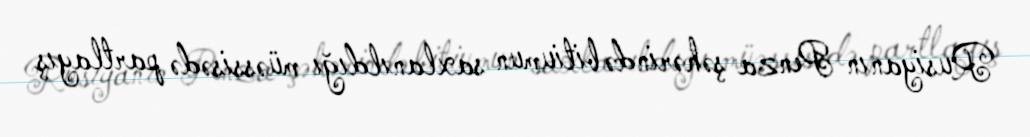
Rusiyanın Penza şəhərində bitiumun saxlanıldığı müəssisədə partlayış